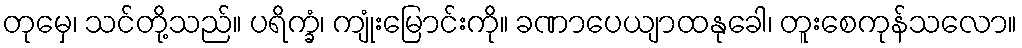
တုမှေ၊ သင်တို့သည်။ ပရိက္ခံ၊ ကျုံးမြောင်းကို။ ခဏာပေယျာထနုခေါ၊ တူးစေကုန်သလော။